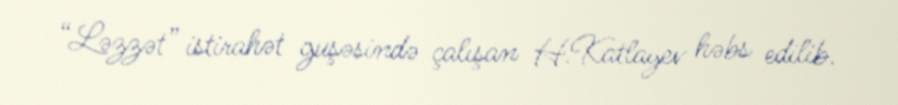
“Ləzzət” istirahət guşəsində çalışan H.Katlayev həbs edilib.